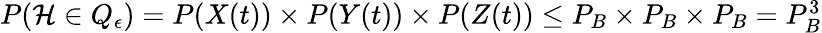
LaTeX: \begin{array}{r}{P(\mathcal{H}\in Q_{\epsilon})=P(X(t))\times P(Y(t))\times P(Z(t))\leq P_{B}\times P_{B}\times P_{B}=P_{B}^{3}}\end{array}